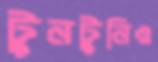
টুনটুনিও